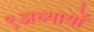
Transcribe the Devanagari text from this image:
९अध्यायों